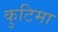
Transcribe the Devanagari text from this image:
कुटिमा